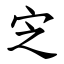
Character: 㝎